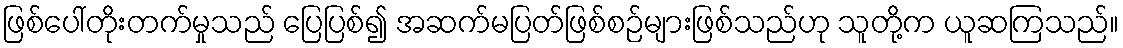
ဖြစ်ပေါ်တိုးတက်မှုသည် ပြေပြစ်၍ အဆက်မပြတ်ဖြစ်စဉ်များဖြစ်သည်ဟု သူတို့က ယူဆကြသည်။